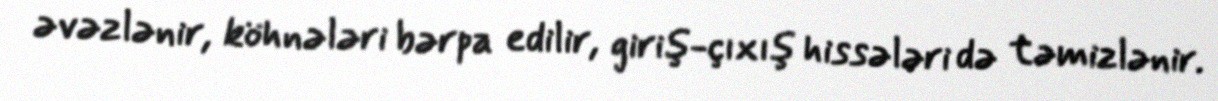
əvəzlənir, köhnələri bərpa edilir, giriş-çıxış hissələri də təmizlənir.